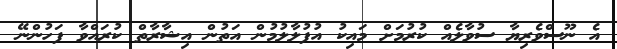
އެ ނޫސްވެރިޔާ ސުވާލެއް ކުރުމަށް މައިކު އުފުލާލުމުން އަތުން އިޝާރާތް ކުރައްވާ ފަހުންނޭ